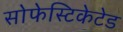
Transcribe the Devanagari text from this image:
सोफेस्टिकेटेड